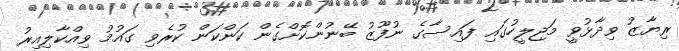
ރިޔާޒު ވިދާޅުވީ މަޖިލީހުގައި ފައިސާގެ ނުފޫޒު ބޭނުންކޮށްގެން ކަންކަން ކުރެވި ގައުމު ވިއްކާލިއިރު